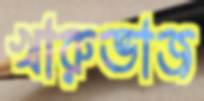
খারুভাজ